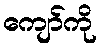
ကျော်ကို